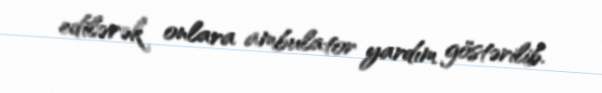
edilərək onlara ambulator yardım göstərilib.